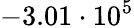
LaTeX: -3.01\cdot 10^{5}